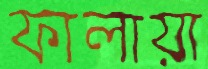
ফালায়া